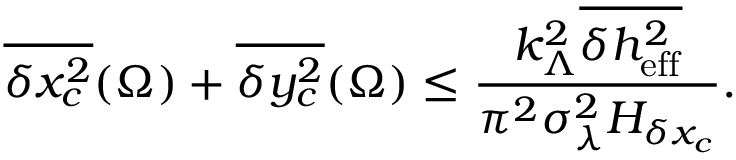
\overline { { \delta x _ { c } ^ { 2 } } } ( \Omega ) + \overline { { \delta y _ { c } ^ { 2 } } } ( \Omega ) \leq \frac { k _ { \Lambda } ^ { 2 } \overline { { \delta h _ { \mathrm { e f f } } ^ { 2 } } } } { \pi ^ { 2 } \sigma _ { \lambda } ^ { 2 } H _ { \delta x _ { c } } } .